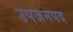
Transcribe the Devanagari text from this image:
उपजनपद